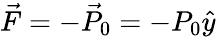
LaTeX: \vec{F}=-\vec{P}_{0}=-P_{0}\hat{y}